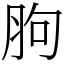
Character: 胊